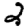
Digit: 2